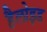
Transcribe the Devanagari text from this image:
हैलोइड